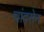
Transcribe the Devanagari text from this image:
चांदसेन